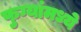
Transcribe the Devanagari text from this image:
फुग्यांमध्ये